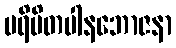
ပရိမိတပါနဘောဇနာ